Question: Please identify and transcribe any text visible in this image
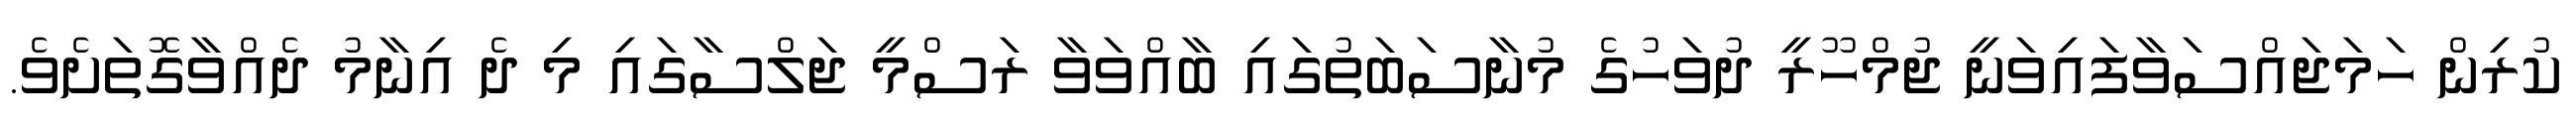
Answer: ކުރިން ހަމަޖައްސަވާފައިވަނީ ޖުމްހޫރީ ދުވަހުގެ މުނާސަބަތުގައި ބާއްވަވާ ރަސްމީ ޖަލްސާގައި މި ދެ އިނާމު ދެއްވާގޮތަށެވެ.